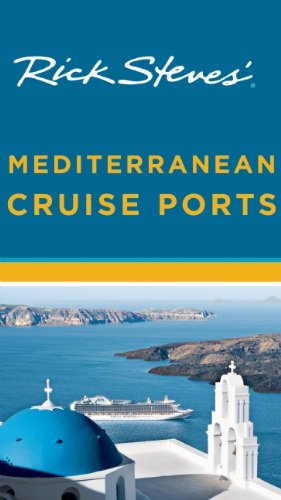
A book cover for Rick Steves' Mediterranean Cruise Ports; Rick Steves; Travel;